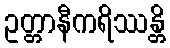
ဥတ္တာနီကရိဿန္တိ